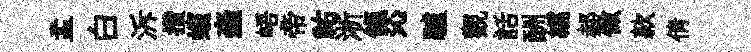
盂白泝攢蠙螙峿帝祐淅餼沁驢觀話酬繻郝做款倩